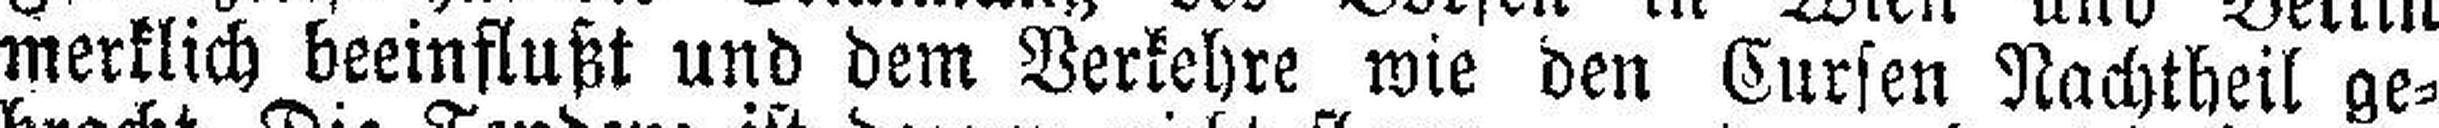
merklich beeinflußt und dem Verkehre wie den Cursen Nachtheil ge¬